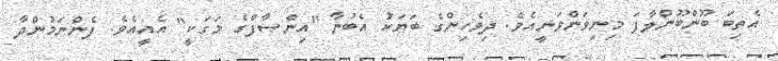
އެތިބަ ބޫންބޫންލާފަ މިނިވަންވަނީއެވެ. ދިވެހިންގެ ބަޔަކު އެބުނާ "އިންޞާފްގެ މަގަކީ" އެއީއެވެ. ފެންނަމުންދާ